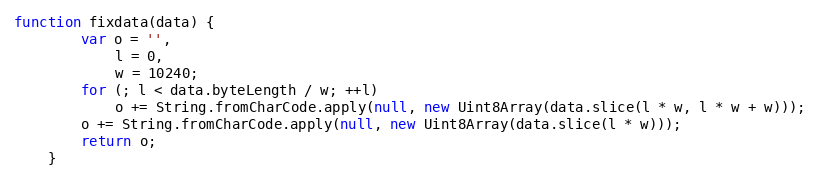
Language: JavaScript
function fixdata(data) {
		var o = '',
			l = 0,
			w = 10240;
		for (; l < data.byteLength / w; ++l)
			o += String.fromCharCode.apply(null, new Uint8Array(data.slice(l * w, l * w + w)));
		o += String.fromCharCode.apply(null, new Uint8Array(data.slice(l * w)));
		return o;
	}